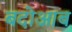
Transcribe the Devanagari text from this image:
बदोआब